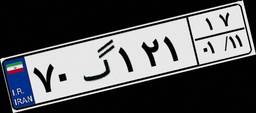
۷۰گ۱۲۱۱۷